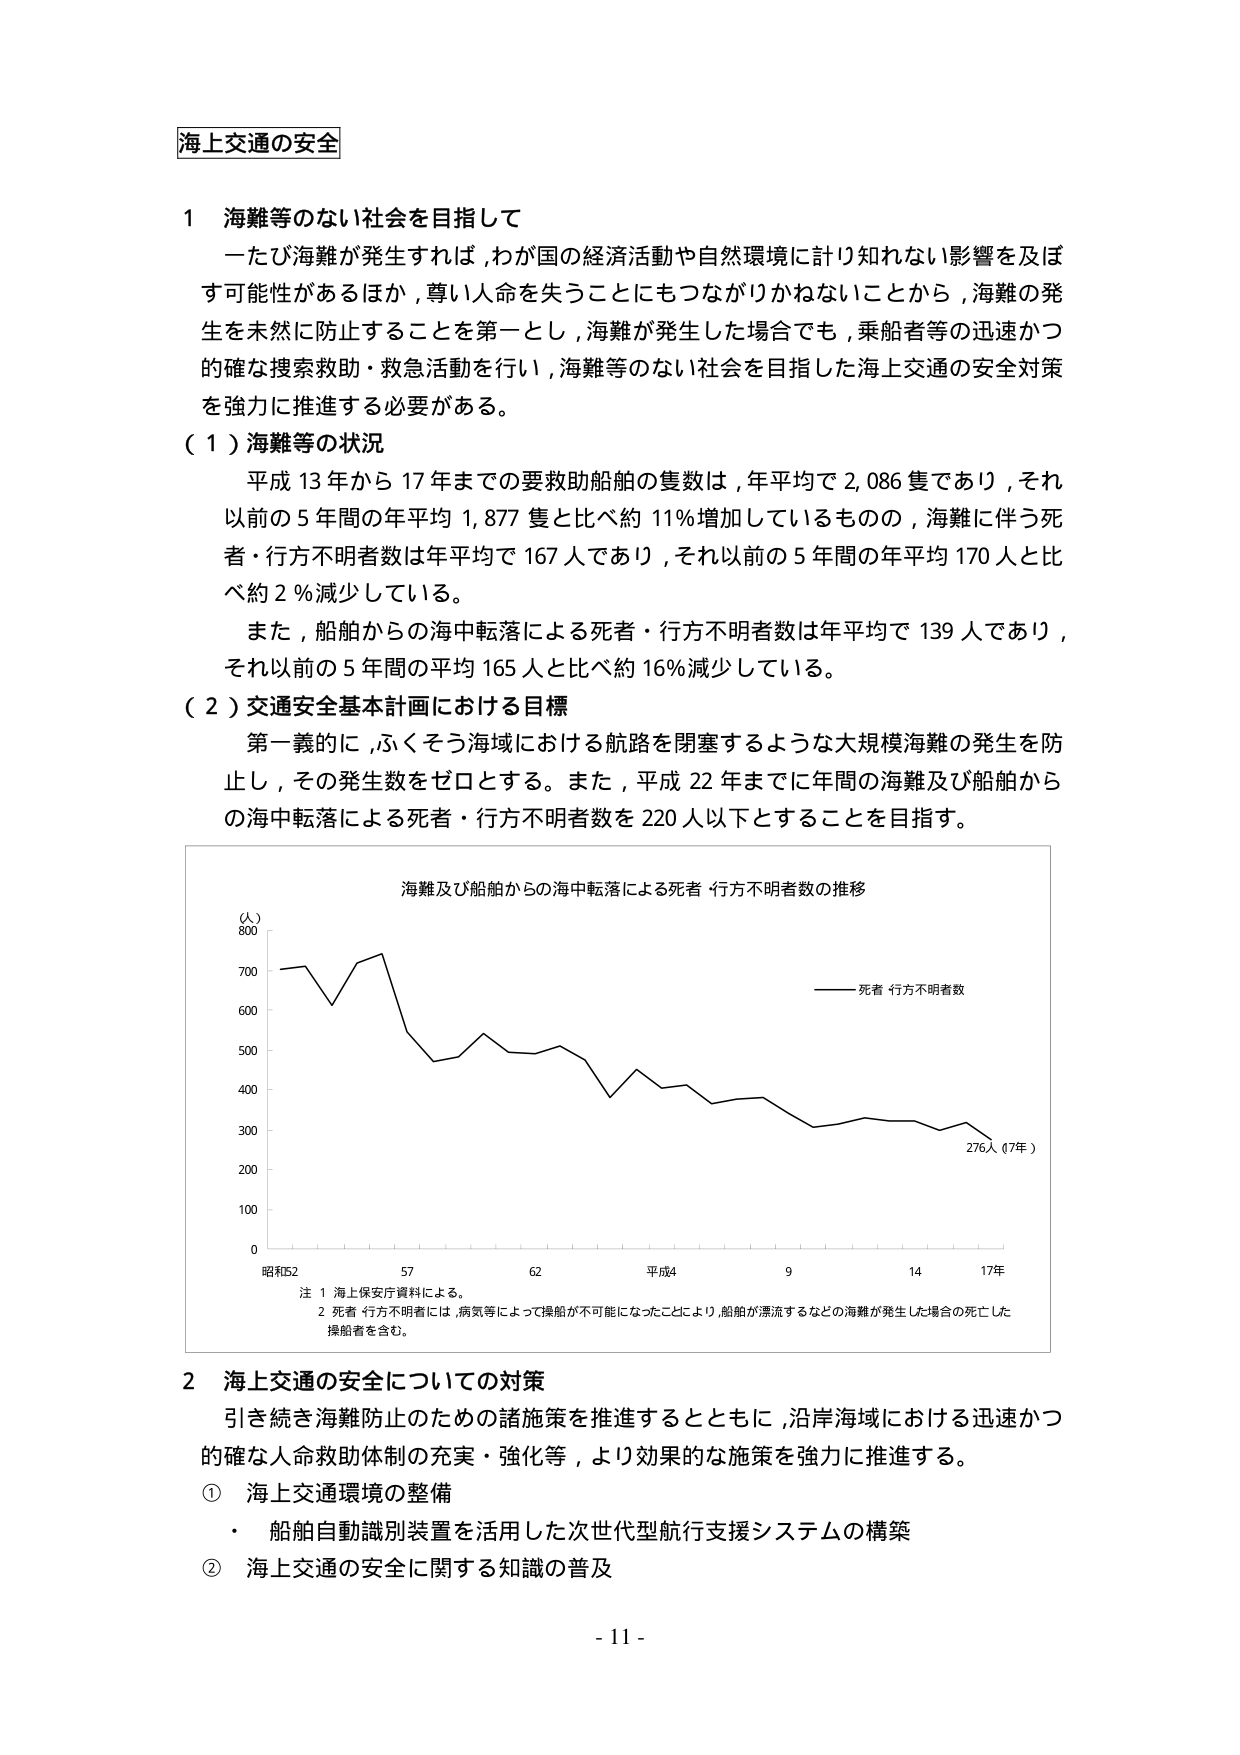
海上交通の安全

1 海難等のない社会を目指して
　一たび海難が発生すれば，わが国の経済活動や自然環境に計り知れない影響を及ぼす可能性があるほか，尊い人命を失うことにもつながりかねないことから，海難の発生を未然に防止することを第一とし，海難が発生した場合でも，乗船者等の迅速かつ的確な捜索救助・救急活動を行い，海難等のない社会を目指した海上交通の安全対策を強力に推進する必要がある。

（1）海難等の状況
　平成13年から17年までの要救助船舶の隻数は，年平均で2,086隻であり，それ以前の5年間の年平均1,877隻と比べ約11％増加しているものの，海難に伴う死者・行方不明者数は年平均で167人であり，それ以前の5年間の年平均170人と比べ約2％減少している。
　また，船舶からの海中転落による死者・行方不明者数は年平均で139人であり，それ以前の5年間の平均165人と比べ約16％減少している。

（2）交通安全基本計画における目標
　第一義的に，ふくそう海域における航路を閉塞するような大規模海難の発生を防止し，その発生数をゼロとする。また，平成22年までに年間の海難及び船舶からの海中転落による死者・行方不明者数を220人以下とすることを目指す。

海難及び船舶からの海中転落による死者・行方不明者数の推移
（人）
800
700
600
500
400
300
200
100
0
昭和52　　57　　62　　平成4　　9　　14　　17年
　　　　　　　　　　　　　　　　　　　　　　　　276人（7年）
――――死者・行方不明者数

注　1 海上保安庁資料による。
　　2 死者・行方不明者には，病気等によって操船が不可能になったことにより，船舶が漂流するなどの海難が発生した場合の死亡した操船者を含む。

2 海上交通の安全についての対策
　引き続き海難防止のための諸施策を推進するとともに，沿岸海域における迅速かつ的確な人命救助体制の充実・強化等，より効果的な施策を強力に推進する。
① 海上交通環境の整備
　・ 船舶自動識別装置を活用した次世代型航行支援システムの構築
② 海上交通の安全に関する知識の普及

- 11 -